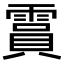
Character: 霣